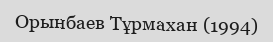
Орынбаев Тұрмахан (1994)